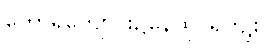
တောရကျောင်း၌နေထိုင်ရကျိုး